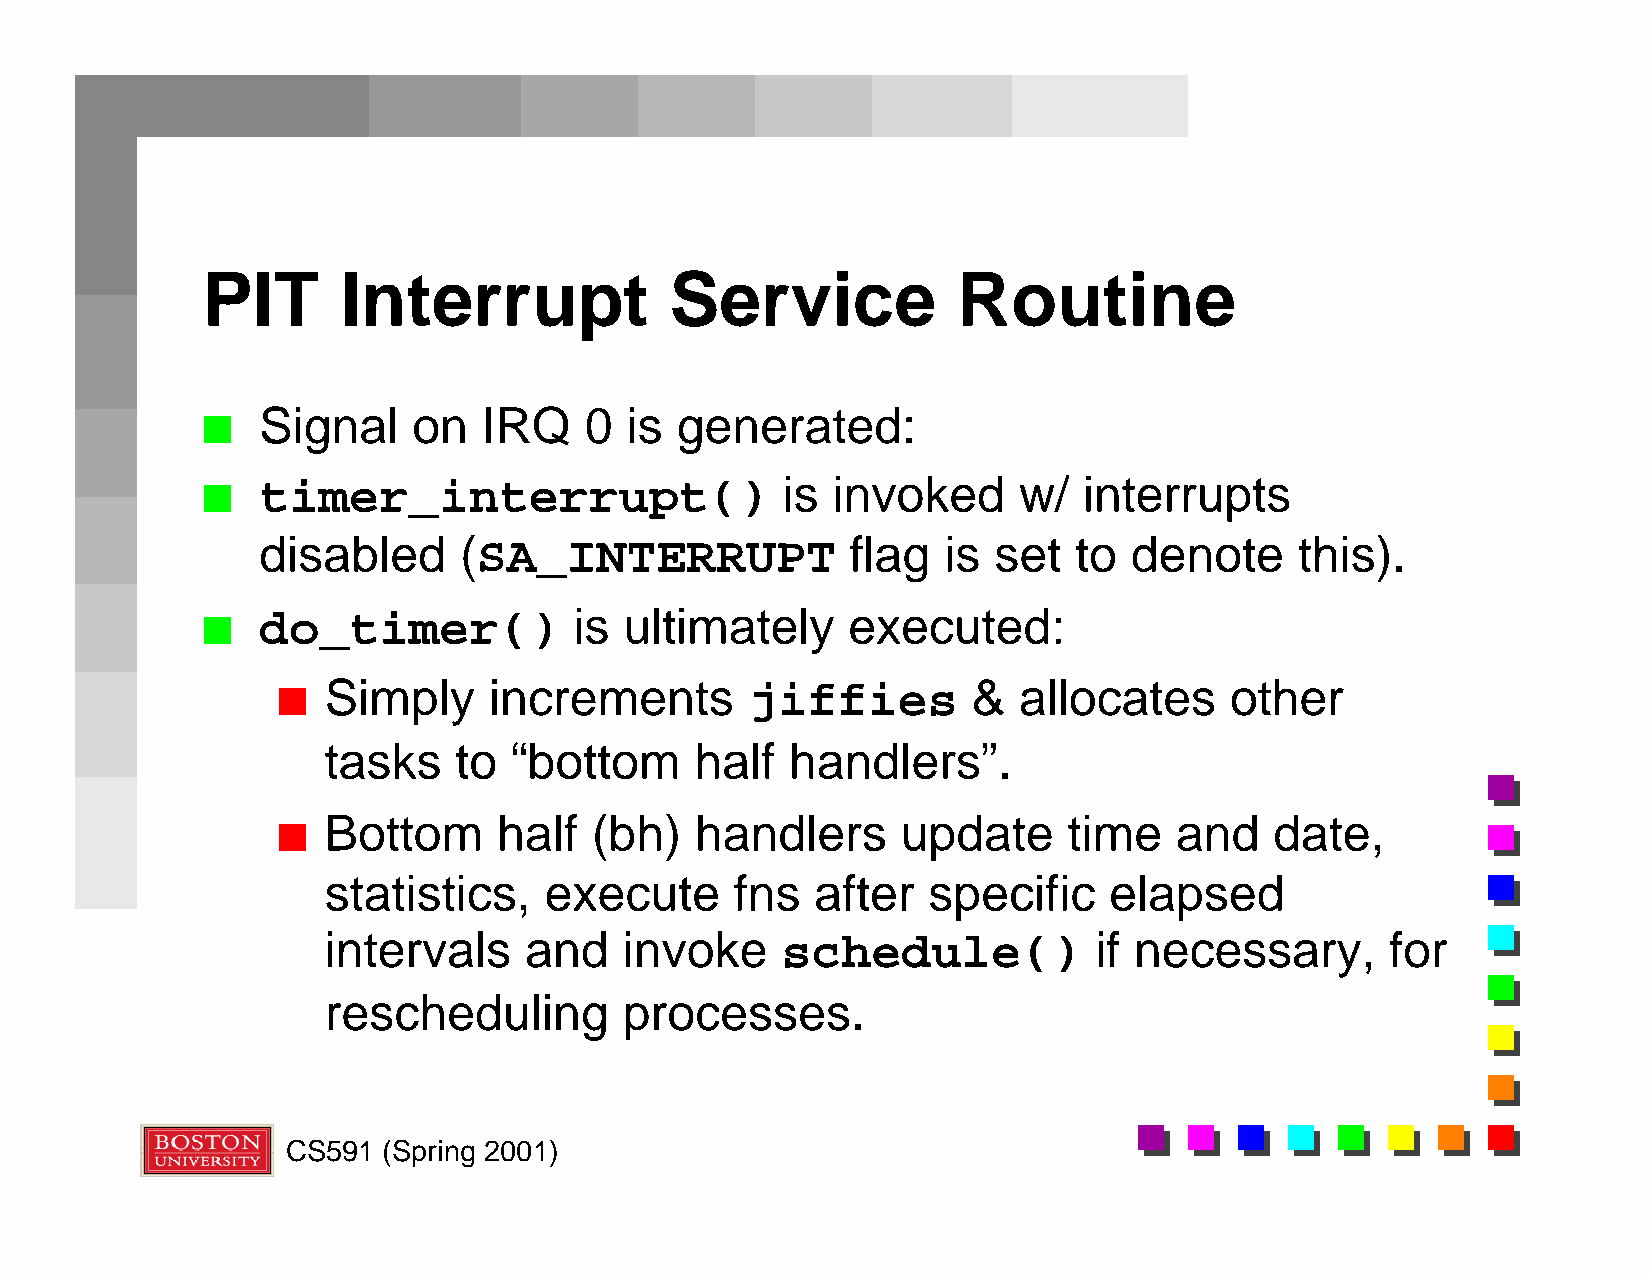
PIT       Interrupt            Service            Routine
 Signal    on   IRQ    0 is  generated:
 n
 timer_interrupt()                  is invoked     w/   interrupts
 n
 disabled     (SA_INTERRUPT             flag  is  set  to  denote     this).
 do_timer()           is ultimately     executed:
 n
 Simply     increments       jiffies        &  allocates     other
 n
 tasks    to  “bottom     half  handlers”.
 Bottom      half  (bh)   handlers      update     time   and   date,
 n
 statistics,    execute      fns  after  specific    elapsed
 intervals     and   invoke     schedule()          if necessary,       for
 rescheduling        processes.
 CS591 (Spring 2001)